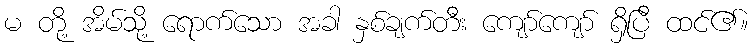
မ တို့ အိမ်သို့ ရောက်သော အခါ နှစ်ချက်တီး ကျော်ကျော် ရှိပြီ ထင်၏။